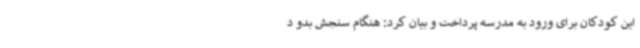
این کودکان برای ورود به مدرسه پرداخت و بیان کرد: هنگام سنجش بدو د